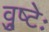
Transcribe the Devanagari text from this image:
व्रुष्टेः